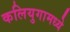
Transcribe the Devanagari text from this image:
कलियुगामध्ये